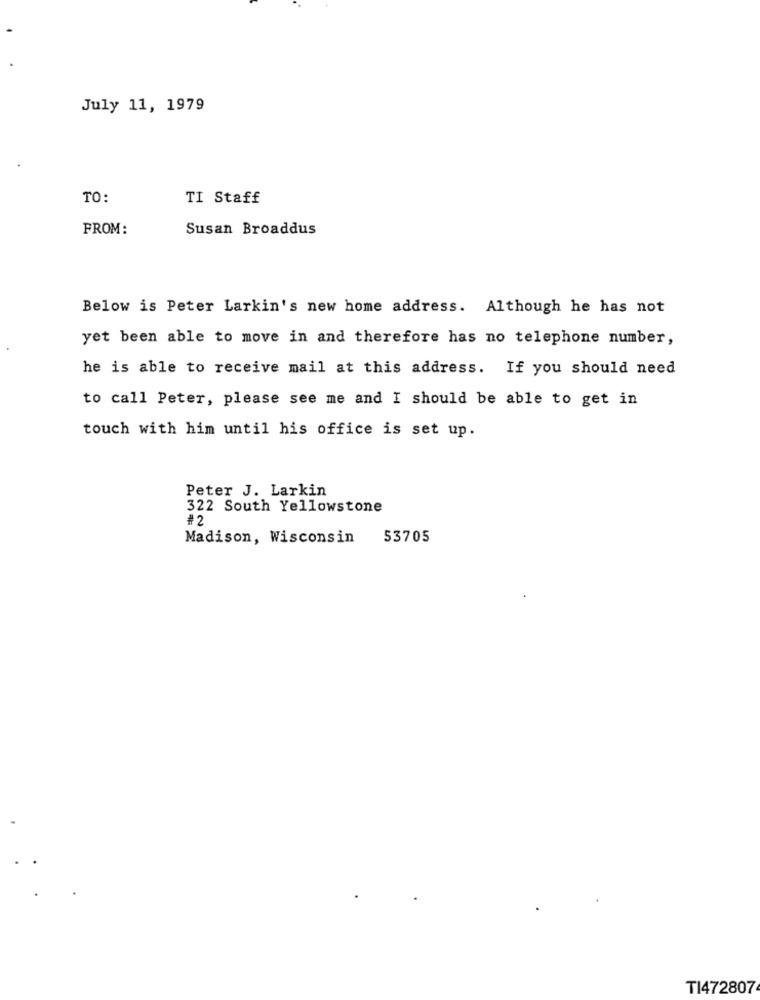
July 11, 1979
TO:
TI Staff
FROM:
Susan Broaddus
Below is Peter Larkin's new home address. Although he has not
yet been able to move in and therefore has no telephone number,
he is able to receive mail at this address. If you should need
to call Peter, please see me and I should be able to get in
touch with him until his office is set up.
Peter J. Larkin
322 South Yellowstone
#2
Madison, Wisconsin
53705
TI472807